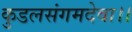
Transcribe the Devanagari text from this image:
कुडलसंगमदेवा।।